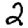
Digit: 2